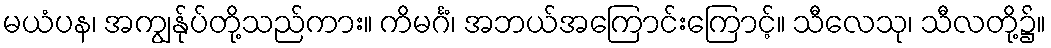
မယံပန၊ အကျွန်ုပ်တို့သည်ကား။ ကိမင်္ဂံ၊ အဘယ်အကြောင်းကြောင့်။ သီလေသု၊ သီလတို့၌။